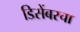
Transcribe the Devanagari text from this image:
डिसेंबरचा